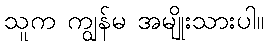
သူက ကျွန်မ အမျိုးသားပါ။